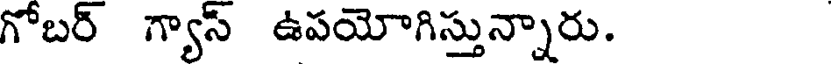
గోబర్ గ్యాస్ ఉపయోగిస్తున్నారు.